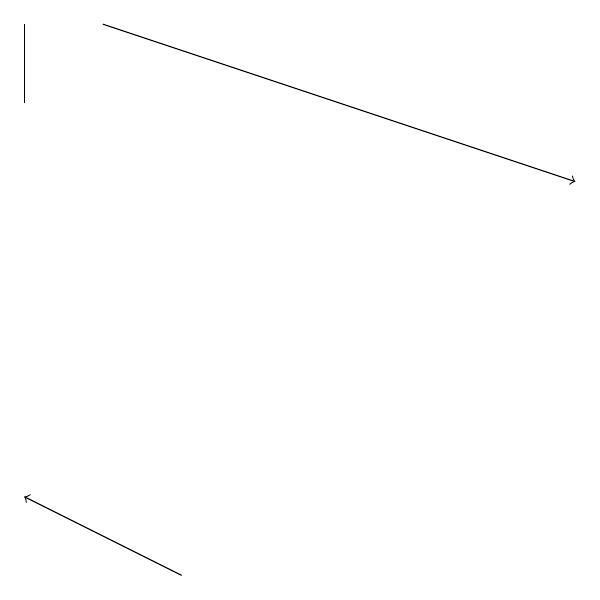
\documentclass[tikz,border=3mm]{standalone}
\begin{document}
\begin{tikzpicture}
\draw (2,18) rectangle (2,17);
\draw[->] (4,11) -- (2,12);
\draw[->] (3,18) -- (9,16);
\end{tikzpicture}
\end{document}